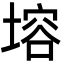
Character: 塎